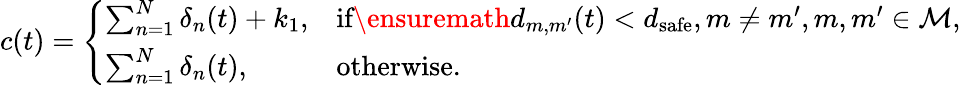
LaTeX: c(t)=\left\{ \begin{array}{ll}{\sum_{n=1}^{N}\delta_{n}(t)+k_{1},}&{\textrm{if}\ensuremath{d_{m,m^{\prime}}(t)<d_{\textrm{safe}},m\neq m^{\prime},m,m^{\prime}\in\mathcal{M},}}\\ {\sum_{n=1}^{N}\delta_{n}(t),}&{\textrm{otherwise.}}\end{array}\right.